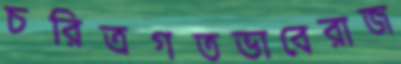
চরিত্রগতভাবেরাজ